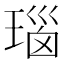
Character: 瑙